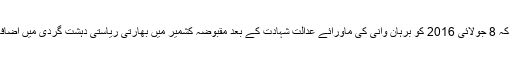
انہوں نے کہا کہ 8 جولائی 2016 کو برہان وانی کی ماورائے عدالت شہادت کے بعد مقبوضہ کشمیر میں بھارتی ریاستی دہشت گردی میں اضافہ ہو چکا ہے۔